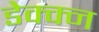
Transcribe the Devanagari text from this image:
डेक्क्न